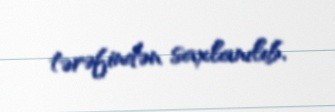
tərəfindən saxlanılıb.